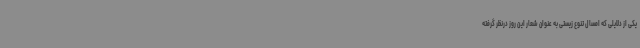
یکی از دلایلی که امسال تنوع زیستی به عنوان شعار این روز درنظر گرفته